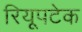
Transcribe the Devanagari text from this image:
रियूपटेक